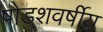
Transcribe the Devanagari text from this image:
षोडशवर्षीय